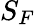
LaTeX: S_{F}